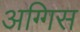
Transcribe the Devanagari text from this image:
अग्गिस